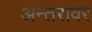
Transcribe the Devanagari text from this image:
अन्तरावर